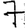
Digit: 7